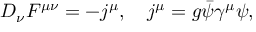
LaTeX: D _ { \nu } F ^ { \mu \nu } = - j ^ { \mu } , \quad j ^ { \mu } = g \bar { \psi } \gamma ^ { \mu } \psi ,